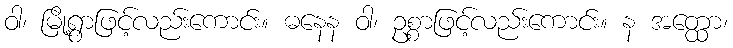
ဝါ၊ မြို့ရွာဖြင့်လည်းကောင်း။ ဓနေန ဝါ၊ ဥစ္စာဖြင့်လည်းကောင်း။ န အတ္ထော၊